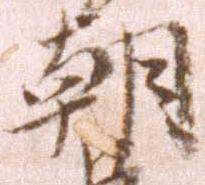
朝